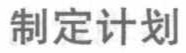
制定计划